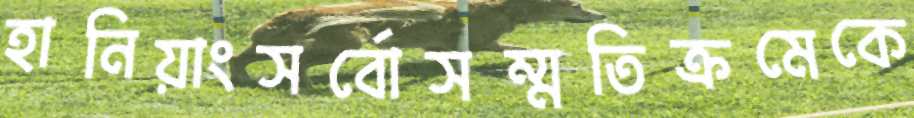
হানিয়াংসর্বোসম্মতিক্রমেকে